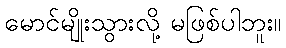
မောင်မျိုးသွားလို့ မဖြစ်ပါဘူး။